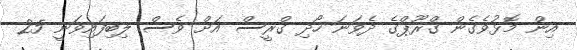
އިން މޮޅުވެގެން ގްރޫޕްގެ ދެވަނަ ހޯދި ގްރީސް އަށް ވެސް ލިބިފައިވަނީ 25